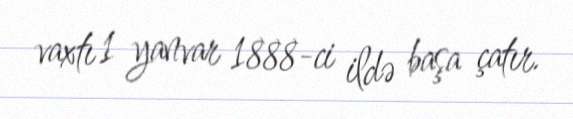
vaxtı 1 yanvar 1888-ci ildə başa çatır.